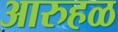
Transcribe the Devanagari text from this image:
आरुहळ